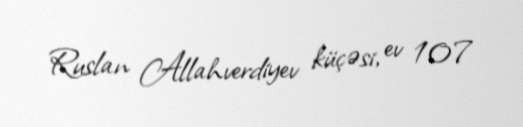
Ruslan Allahverdiyev küçəsi, ev 107